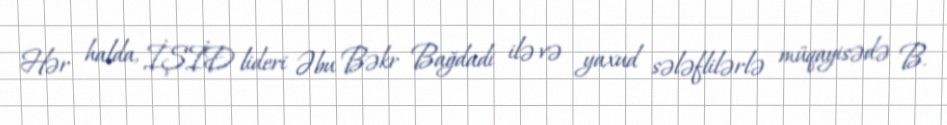
Hər halda, İŞİD lideri Əbu Bəkr Bağdadi ilə və yaxud sələflilərlə müqayisədə B.